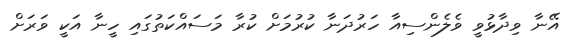
އޭނާ ވިދާޅުވީ ވެލެންސިއާ ހަރުދަނާ ކުރުމަށް ކުރާ މަސައްކަތުގައި ހީނާ އަކީ ވަރަށް